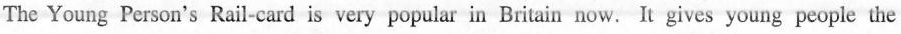
The Young Person's Rail-card is very popular in Britain now. It gives young people the